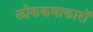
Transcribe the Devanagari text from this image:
लोककथाकारों